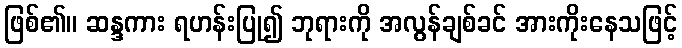
ဖြစ်၏။ ဆန္ဒကား ရဟန်းပြု၍ ဘုရားကို အလွန်ချစ်ခင် အားကိုးနေသဖြင့်